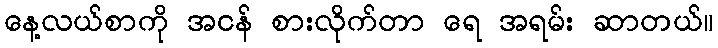
နေ့လယ်စာကို အငန် စားလိုက်တာ ရေ အရမ်း ဆာတယ်။